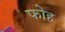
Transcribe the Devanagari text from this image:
फोह